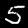
Label: 5